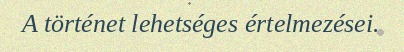
A történet lehetséges értelmezései.